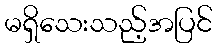
မရှိသေးသည့်အပြင်